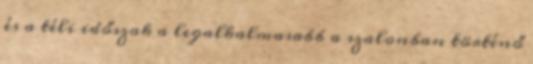
és a téli időszak a legalkalmasabb a szalonban történő